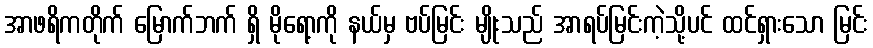
အာဖရိကတိုက် မြောက်ဘက် ရှိ မိုရော့ကို နယ်မှ ဗပ်မြင်း မျိုးသည် အာရပ်မြင်းကဲ့သို့ပင် ထင်ရှားသော မြင်း